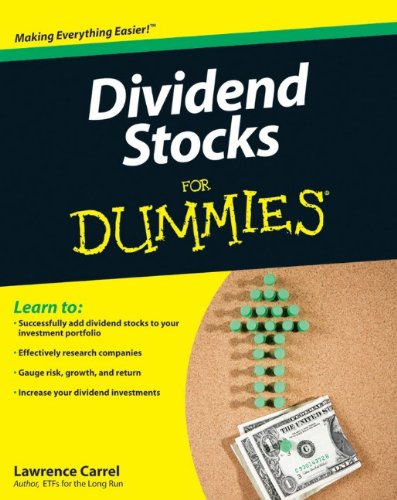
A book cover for Dividend Stocks For Dummies; Lawrence Carrel; Business & Money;